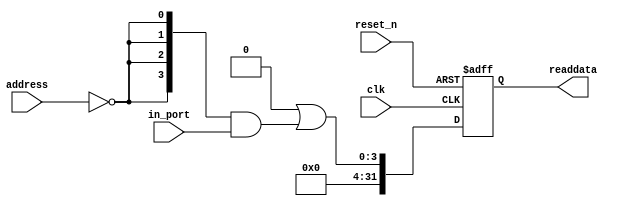
module NIOS_Sys_pio_1 (
                         address,
                         clk,
                         in_port,
                         reset_n,
                         readdata
                      )
;
  output  [ 31: 0] readdata;
  input   [  1: 0] address;
  input            clk;
  input   [  3: 0] in_port;
  input            reset_n;
  wire             clk_en;
  wire    [  3: 0] data_in;
  wire    [  3: 0] read_mux_out;
  reg     [ 31: 0] readdata;
  assign clk_en = 1;
  assign read_mux_out = {4 {(address == 0)}} & data_in;
  always @(posedge clk or negedge reset_n)
    begin
      if (reset_n == 0)
          readdata <= 0;
      else if (clk_en)
          readdata <= {32'b0 | read_mux_out};
    end
  assign data_in = in_port;
endmodule